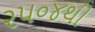
૨૫૦૪થી